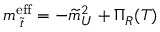
m _ { \; \widetilde { t } } ^ { \mathrm { e f f } } = - \widetilde { m } _ { U } ^ { 2 } + \Pi _ { R } ( T )